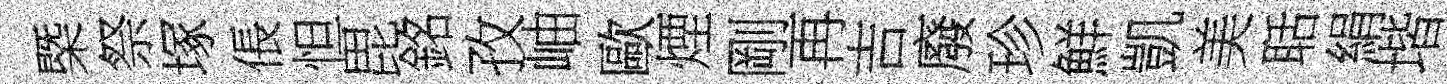
㮣祭塚倀怛毘銘孜岫歐煙剛再吉廢珍鮮凱美聒絹堦